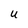
Character: u